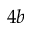
4 b